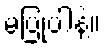
မပြုပါနဲ့။